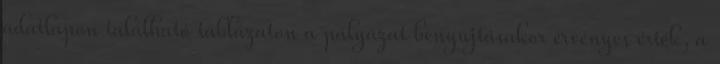
adatlapon található táblázaton a pályázat benyújtásakor érvényes érték, a